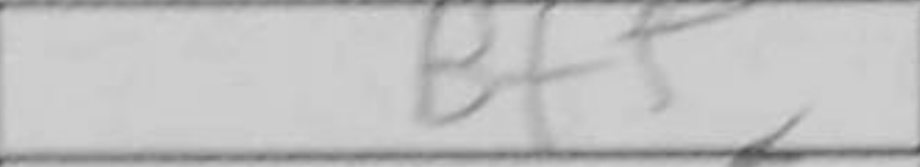
Transcription: Bf5